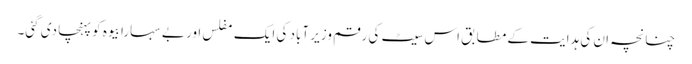
چنانچہ ان کی ہدایت کے مطابق اس سیٹ کی رقم وزیر آباد کی ایک مفلس اور بے سہارا بیوہ کو پہنچا دی گئی۔